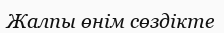
Жалпы өнім сөздікте